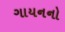
ગાયનનો